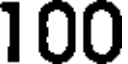
100